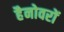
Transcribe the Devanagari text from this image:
हैनोवरों